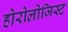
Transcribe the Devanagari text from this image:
होरोलोजिस्ट